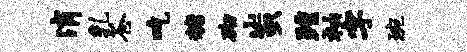
消乳苍吃糖砌蚩踵袖字琬